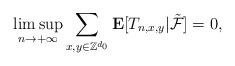
\begin{align*}\limsup_{n\rightarrow +\infty} \sum_{x,y\in\mathbb Z^{d_0}}\mathbf E[T_{n,x,y}|\tilde{\mathcal F}]=0,\end{align*}